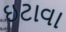
ઇટાવા